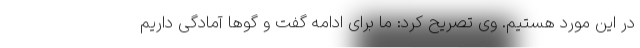
در این مورد هستیم. وی تصریح کرد: ما برای ادامه گفت و گوها آمادگی داریم